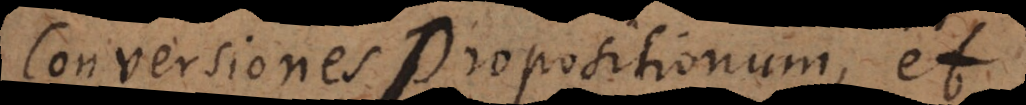
Conversiones Propositionum, et